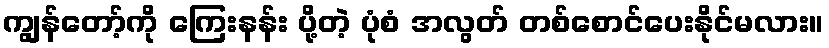
ကျွန်တော့်ကို ကြေးနန်း ပို့တဲ့ ပုံစံ အလွတ် တစ်စောင်ပေးနိုင်မလား။